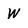
Character: W